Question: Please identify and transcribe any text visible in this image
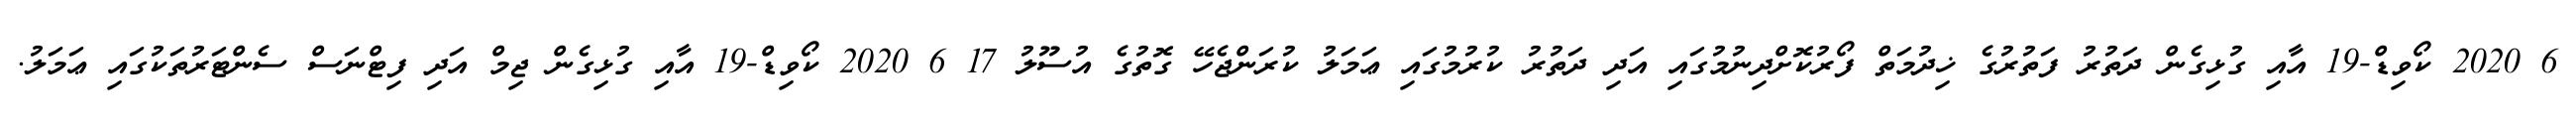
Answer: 6 2020 ކޯވިޑް-19 އާއި ގުޅިގެން ދަތުރު ފަތުރުގެ ޚިދުމަތް ފޯރުކޮށްދިނުމުގައި އަދި ދަތުރު ކުރުމުގައި ޢަމަލު ކުރަންޖެހޭ ގޮތުގެ އުސޫލު 17 6 2020 ކޯވިޑް-19 އާއި ގުޅިގެން ޖިމް އަދި ފިޓްނަސް ސެންޓަރުތަކުގައި ޢަމަލު.